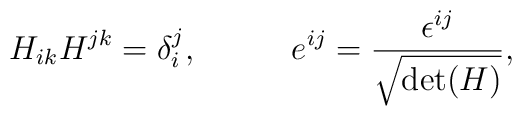
H_{ik}H^{jk}=\delta_i^j,\;\;\;\;\;\;\;\;\;\;e^{ij}=\frac{\epsilon^{ij} }{\sqrt{\mbox{det}(H)}},